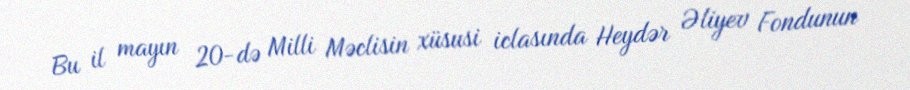
Bu il mayın 20-də Milli Məclisin xüsusi iclasında Heydər Əliyev Fondunun